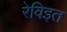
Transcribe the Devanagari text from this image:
रेविइत